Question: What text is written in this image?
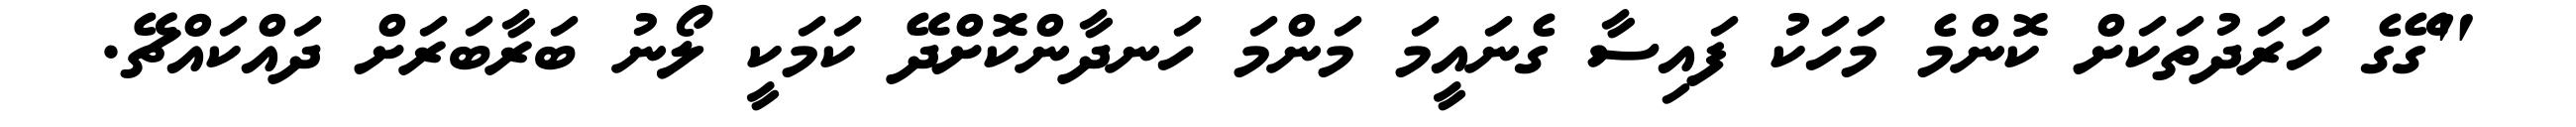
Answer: "ގޭގެ ހަރަދުތަކަށް ކޮންމެ މަހަކު ފައިސާ ގެނައީމަ މަންމަ ހަނދާންކޮށްދޭ ކަމަކީ ލޯނު ބަރާބަރަށް ދައްކައްޗޭ.